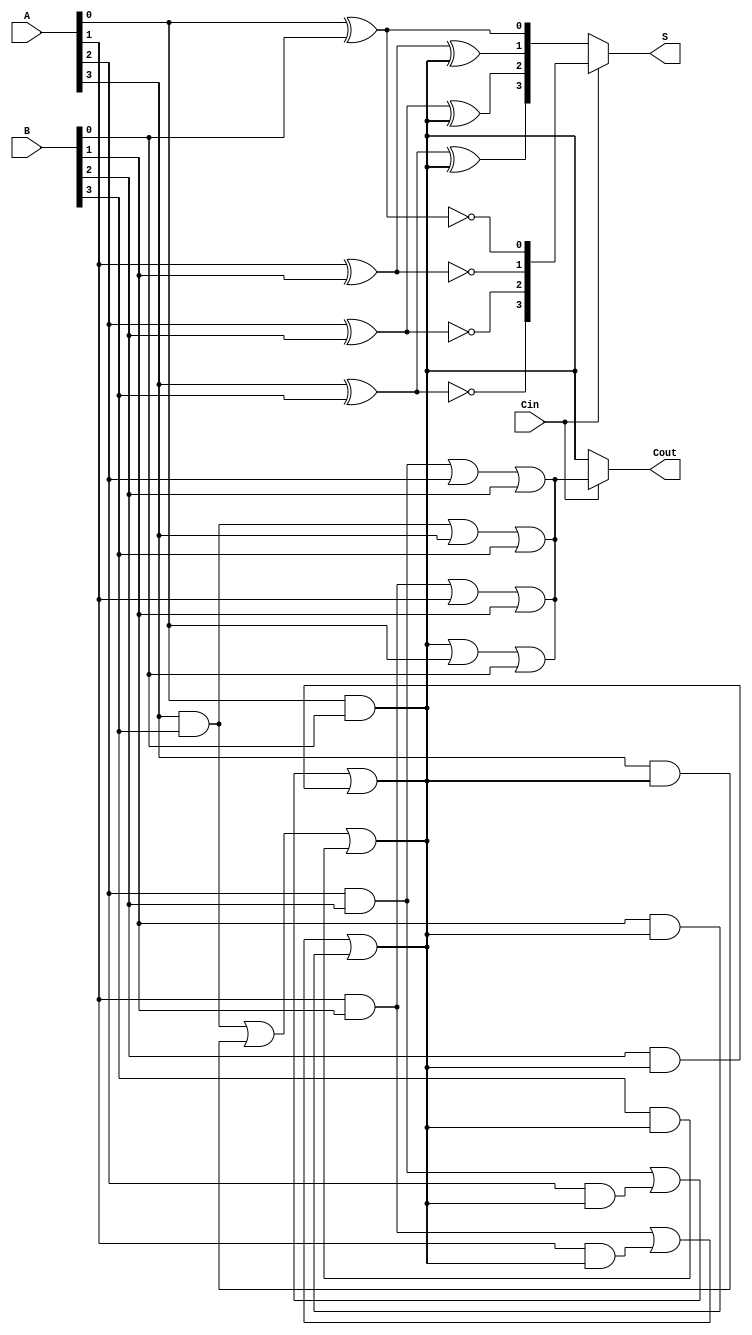
module CCSA (
    input [3:0] A,      // 4-bit input A
    input [3:0] B,      // 4-bit input B
    input Cin,          // Input carry
    output [3:0] S,     // 4-bit sum output
    output Cout         // Output carry
);

    wire [3:0] S0, S1;  // Sums for carry 0 and carry 1
    wire C0, C1;        // Carry outputs for carry 0 and carry 1

    // First segment (LSB)
    assign S0[0] = A[0] ^ B[0] ^ 0;  // Sum when carry is 0
    assign C0 = (A[0] & B[0]) | (A[0] & 0) | (B[0] & 0); // Carry out when carry is 0

    assign S1[0] = A[0] ^ B[0] ^ 1;  // Sum when carry is 1
    assign C1 = (A[0] & B[0]) | (A[0] & 1) | (B[0] & 1); // Carry out when carry is 1

    // Second segment
    assign S0[1] = A[1] ^ B[1] ^ C0;  // Sum when carry is C0
    assign C0 = (A[1] & B[1]) | (A[1] & C0) | (B[1] & C0); // Carry out when carry is C0

    assign S1[1] = A[1] ^ B[1] ^ 1;  // Sum when carry is 1
    assign C1 = (A[1] & B[1]) | (A[1] & 1) | (B[1] & 1); // Carry out when carry is 1

    // Third segment
    assign S0[2] = A[2] ^ B[2] ^ C0;  // Sum when carry is C0
    assign C0 = (A[2] & B[2]) | (A[2] & C0) | (B[2] & C0); // Carry out when carry is C0

    assign S1[2] = A[2] ^ B[2] ^ 1;  // Sum when carry is 1
    assign C1 = (A[2] & B[2]) | (A[2] & 1) | (B[2] & 1); // Carry out when carry is 1

    // Fourth segment (MSB)
    assign S0[3] = A[3] ^ B[3] ^ C0;  // Sum when carry is C0
    assign C0 = (A[3] & B[3]) | (A[3] & C0) | (B[3] & C0); // Carry out when carry is C0

    assign S1[3] = A[3] ^ B[3] ^ 1;  // Sum when carry is 1
    assign C1 = (A[3] & B[3]) | (A[3] & 1) | (B[3] & 1); // Carry out when carry is 1

    // MUX to select the correct sum and carry out
    assign S = Cin ? S1 : S0; // Select sum based on Cin
    assign Cout = Cin ? C1 : C0; // Select carry out based on Cin

endmodule